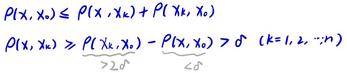
\[
\begin{align*}
\rho(x, x_0) &\leq \rho(x, x_k) + \rho(x_k, x_0)\\
\rho(x, x_0) &\geq \underbrace{\rho(x_k, x_0)}_{2\delta} - \underbrace{\rho(x, x_k)}_{\delta} > 0 \quad (k = 1, 2, \cdots, n)
\end{align*}
\]